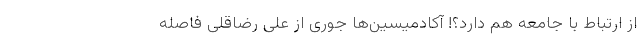
از ارتباط با جامعه هم دارد؟! آکادمیسین‌ها جوری از علی رضاقلی فاصله